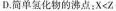
D.简单氢化物的沸点：$$X < Z$$